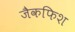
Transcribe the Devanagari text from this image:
जैकफिश